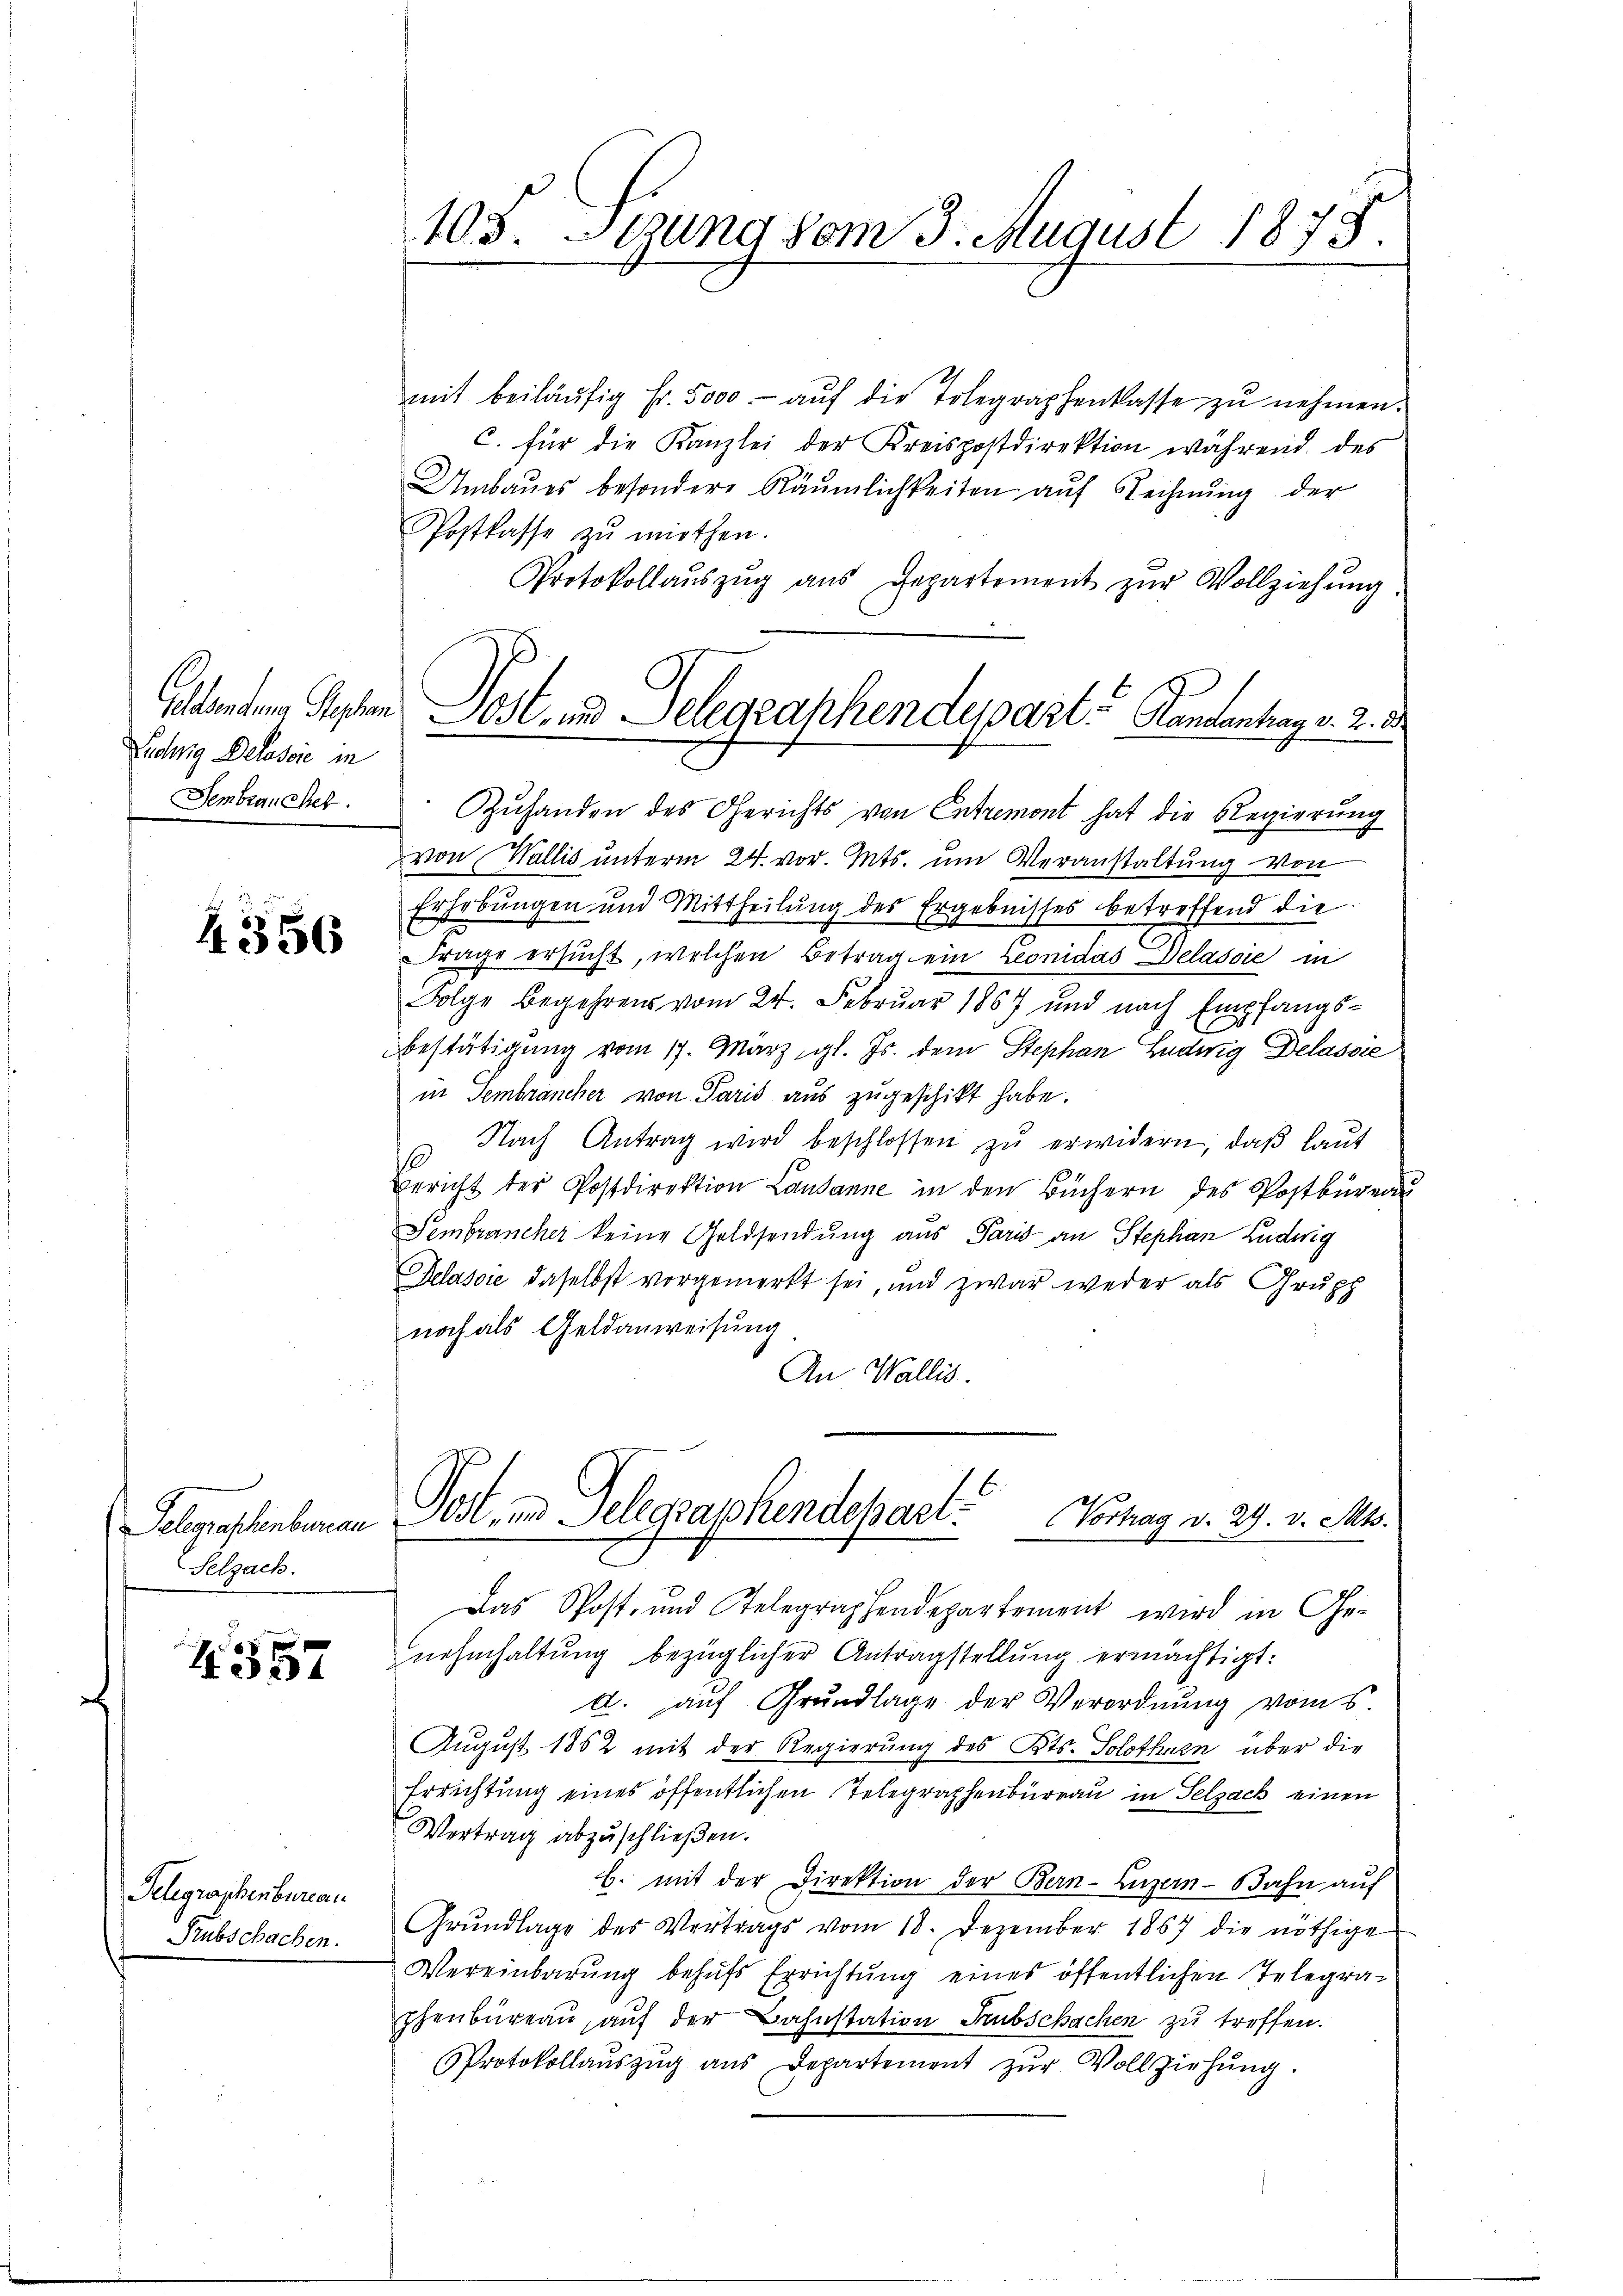
Lichtig Delassie in
Sembranchet.

4356

Selegraphenberau
Selzach.

334

Telegraphenbureau
Subschachen.

103. Stund vom 3. August 1875.

mit beiläŭfig fr. 5000.- aŭf die Tolegraphenkasse zŭ nehmen.
C. für die Kanzlei der Kreispostdirektion während des
Umbaues besondere Räumlichkeiten auf Rechnŭng der
Postkasse zŭ miethen.
Protokollaŭszŭg aŭs Departement zŭr Vollziehŭng
Zuhanden des Gerichts von Entremont hat die Regierung
von Wallis unterm 24. vor. Mts. um Veranstaltung von
Erhebungen und Mittheilŭng des
Ergebnisses betreffend die
Frage ersucht, welchen Betrag ein Leonidas Delassie in
Folge Begehrens vom 24. Februar 1867 und nach Empfangs¬
Bestätigung vom 17. März, gl. Js. dem Stephan Ludwig Delasse
in Sembrancher von Paris aus zugeschikt habe.
 Nach Antrag wird beschlossen zŭ erwidern, daβ laŭt
Bericht der Postdirektion Lausanne in den Büchern des Postbüreau
Fembrancher keine Geldsendung aus Paris an Stephan Ludwig
Gelasie daselbst vorgemerkt sei, und zwar weder als Grupp
noch als Geldanweisung
An Wallis.
Post, und Gelegraphendepart. Vortrag v. 29. v. Mts.
Das Post- und Telegraphendepartement wird in Ge-
nahmhaltŭng bezüglicher Antragstellŭng ermächtigt:
A. auf Grundlage der Verordnung vom 5
August 1852 mit der Regierung des Kts. Solothurn über die
Errichtung eines öffentlichen Telegraphenbüreau in Selzach einen
Vertrag abzuschließen.
b. mit der Direktion der Bern-Luzern-Bahn auf
Grŭndlage des Vertrags vom 18. Dezember 1867 die nöthige
Vereinbarung behufs Errichtung eines öffentlichen Telegraphenbüreau, auf der Bahnstation Subschachen zu treffen.
Protokollaŭszŭg aŭs Departement zŭr Vollziehŭng.

Schwendung stehen Post- und Delegraphendepart. Kantantag v. 2. 3.